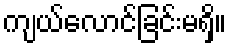
ကျယ်လောင်ခြင်းမရှိ။